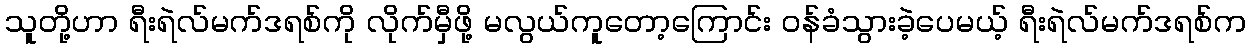
သူတို့ဟာ ရီးရဲလ်မက်ဒရစ်ကို လိုက်မှီဖို့ မလွယ်ကူတော့ကြောင်း ဝန်ခံသွားခဲ့ပေမယ့် ရီးရဲလ်မက်ဒရစ်က